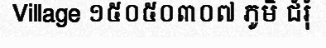
Village ១៥០៥០៣០៧ ភូមិ ជំរុំ